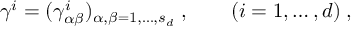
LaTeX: \gamma ^ { i } = ( \gamma _ { \alpha \beta } ^ { i } ) _ { \alpha , \beta = 1 , \ldots , s _ { d } } \; , \qquad ( i = 1 , \ldots , d ) \; ,